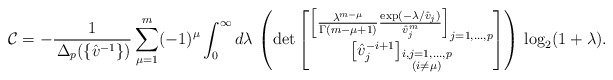
\begin{align*}\mathcal{C}=-\frac{1}{\,\Delta_p(\{\hat{v}^{-1}\}) } \sum_{\mu=1}^m(-1)^{\mu} \int_0^\infty d\lambda\, \left(\det\begin{bmatrix} \left[\frac{\lambda^{m-\mu}}{\Gamma(m-\mu+1)}\frac{\exp(-\lambda/\hat{v}_j)}{\hat{v}_j^m}\right]_{j=1,...,p} \\ \left[\hat{v}_j^{-i+1}\right]_{\substack{i,j=1,...,p \\ (i\neq \mu)}}\end{bmatrix} \right)\, \log_2 (1+\lambda).\end{align*}